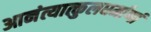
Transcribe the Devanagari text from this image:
आनंत्यात्कुलधर्माणां